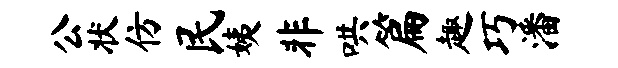
公状仿民姨非哄篇趣巧潘